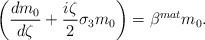
LaTeX: \begin{align*} \left(\frac{dm_0}{d\zeta}+\frac{i\zeta}{2}\sigma_3m_0\right)=\beta^{mat}m_0. \end{align*}